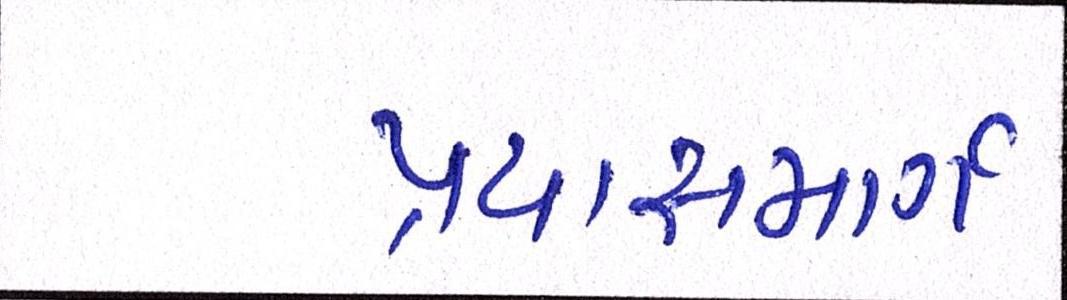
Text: પ્રયાસમાર્ગ